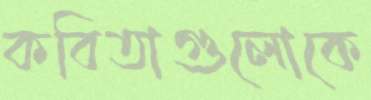
কবিতাগুলোকে